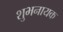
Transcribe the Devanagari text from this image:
शुभनायक